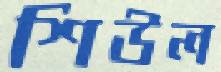
শিউল